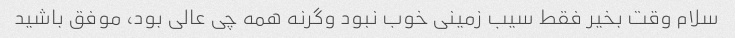
سلام وقت بخیر فقط سیب زمینی خوب نبود وگرنه همه چی عالی بود، موفق باشید